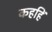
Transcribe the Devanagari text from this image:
कहहिं